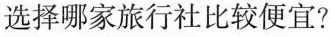
选择哪家旅行社比较便宜?